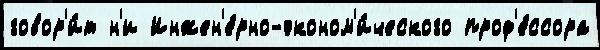
говор'и́т н'и Инжен'е́рно-эконом'и́ческого проф'е́ссора